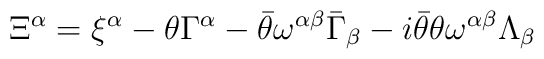
\Xi^{\alpha}=\xi^{\alpha}-\theta\Gamma^{\alpha}-\bar{\theta}\omega^{\alpha\beta}\bar{\Gamma}_\beta-i\bar{\theta}\theta\omega^{\alpha\beta}\Lambda_\beta